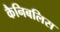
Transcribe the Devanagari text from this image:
कैनिबलिस